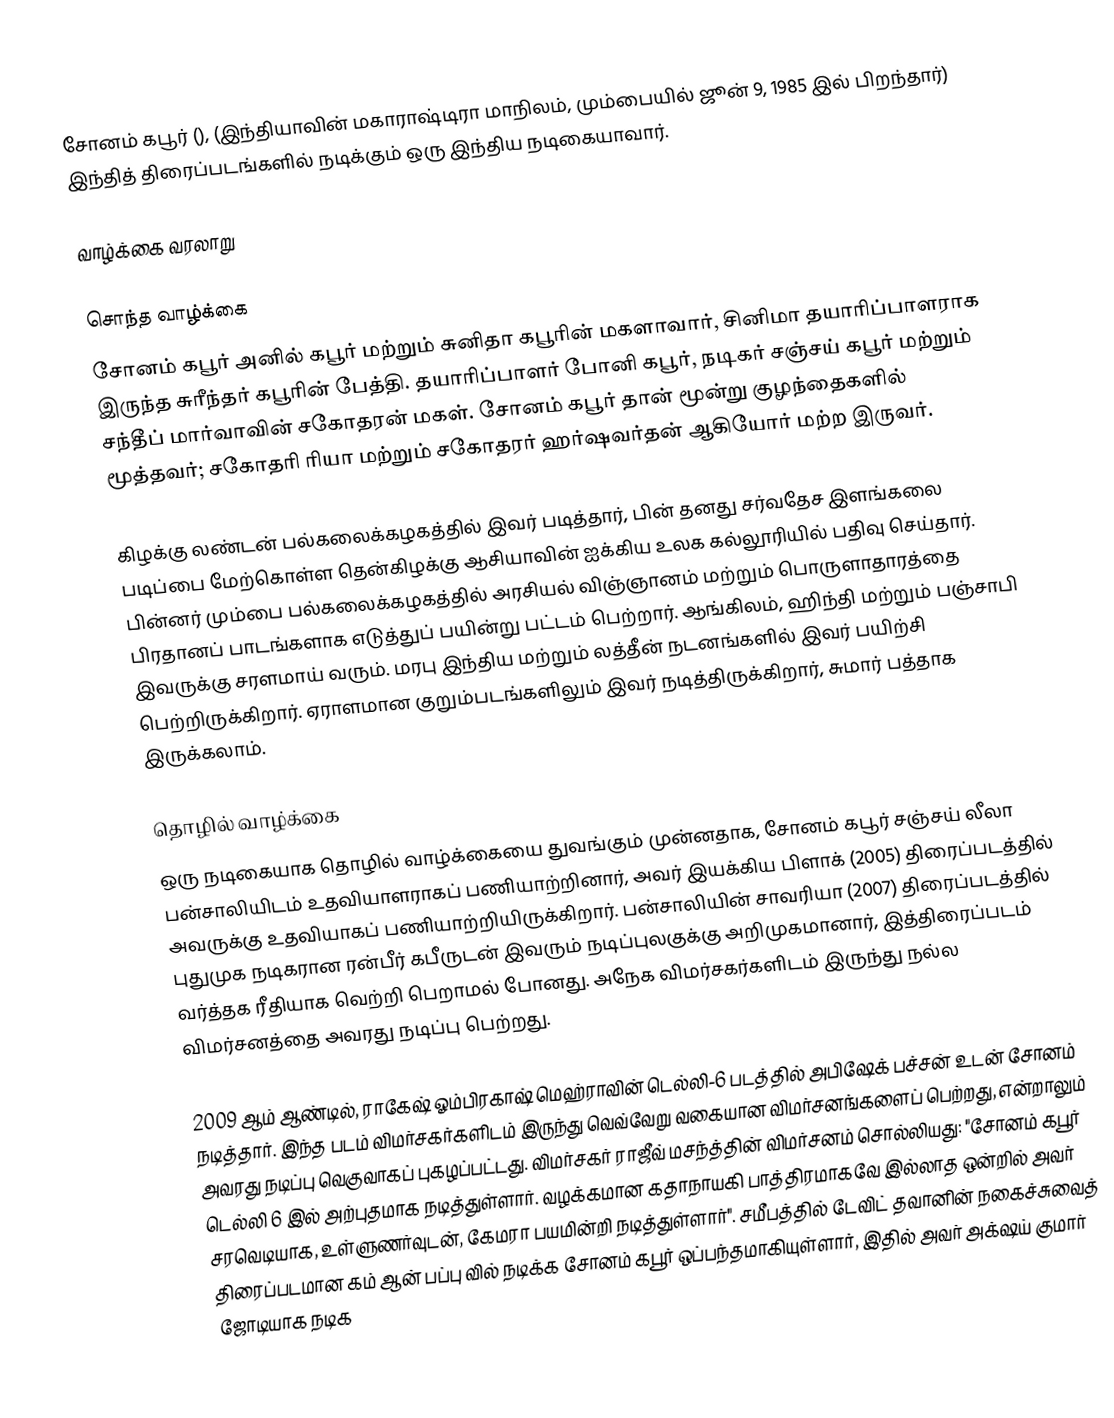
சோனம் கபூர் (), (இந்தியாவின் மகாராஷ்டிரா மாநிலம், மும்பையில் ஜூன் 9, 1985 இல் பிறந்தார்) இந்தித் திரைப்படங்களில் நடிக்கும் ஒரு இந்திய நடிகையாவார்.

வாழ்க்கை வரலாறு

சொந்த வாழ்க்கை
சோனம் கபூர் அனில் கபூர் மற்றும் சுனிதா கபூரின் மகளாவார், சினிமா தயாரிப்பாளராக இருந்த சுரீந்தர் கபூரின் பேத்தி. தயாரிப்பாளர் போனி கபூர், நடிகர் சஞ்சய் கபூர் மற்றும் சந்தீப் மார்வாவின் சகோதரன் மகள். சோனம் கபூர் தான் மூன்று குழந்தைகளில் மூத்தவர்; சகோதரி ரியா மற்றும் சகோதரர் ஹர்ஷவர்தன் ஆகியோர் மற்ற இருவர்.

கிழக்கு லண்டன் பல்கலைக்கழகத்தில் இவர் படித்தார், பின் தனது சர்வதேச இளங்கலை படிப்பை மேற்கொள்ள தென்கிழக்கு ஆசியாவின் ஐக்கிய உலக கல்லூரியில் பதிவு செய்தார். பின்னர் மும்பை பல்கலைக்கழகத்தில் அரசியல் விஞ்ஞானம் மற்றும் பொருளாதாரத்தை பிரதானப் பாடங்களாக எடுத்துப் பயின்று பட்டம் பெற்றார். ஆங்கிலம், ஹிந்தி மற்றும் பஞ்சாபி இவருக்கு சரளமாய் வரும். மரபு இந்திய மற்றும் லத்தீன் நடனங்களில் இவர் பயிற்சி பெற்றிருக்கிறார். ஏராளமான குறும்படங்களிலும் இவர் நடித்திருக்கிறார், சுமார் பத்தாக இருக்கலாம்.

தொழில் வாழ்க்கை
ஒரு நடிகையாக தொழில் வாழ்க்கையை துவங்கும் முன்னதாக, சோனம் கபூர் சஞ்சய் லீலா பன்சாலியிடம் உதவியாளராகப் பணியாற்றினார், அவர் இயக்கிய பிளாக் (2005) திரைப்படத்தில் அவருக்கு உதவியாகப் பணியாற்றியிருக்கிறார். பன்சாலியின் சாவரியா (2007) திரைப்படத்தில் புதுமுக நடிகரான ரன்பீர் கபீருடன் இவரும் நடிப்புலகுக்கு அறிமுகமானார், இத்திரைப்படம் வர்த்தக ரீதியாக வெற்றி பெறாமல் போனது. அநேக விமர்சகர்களிடம் இருந்து நல்ல விமர்சனத்தை அவரது நடிப்பு பெற்றது.

2009 ஆம் ஆண்டில், ராகேஷ் ஓம்பிரகாஷ் மெஹ்ராவின் டெல்லி-6 படத்தில் அபிஷேக் பச்சன் உடன் சோனம் நடித்தார். இந்த படம் விமர்சகர்களிடம் இருந்து வெவ்வேறு வகையான விமர்சனங்களைப் பெற்றது, என்றாலும் அவரது நடிப்பு வெகுவாகப் புகழப்பட்டது. விமர்சகர் ராஜீவ் மசந்த்தின் விமர்சனம் சொல்லியது: "சோனம் கபூர் டெல்லி 6 இல் அற்புதமாக நடித்துள்ளார். வழக்கமான கதாநாயகி பாத்திரமாகவே இல்லாத ஒன்றில் அவர் சரவெடியாக, உள்ளுணர்வுடன், கேமரா பயமின்றி நடித்துள்ளார்". சமீபத்தில் டேவிட் தவானின் நகைச்சுவைத் திரைப்படமான கம் ஆன் பப்பு வில் நடிக்க சோனம் கபூர் ஒப்பந்தமாகியுள்ளார், இதில் அவர் அக்‌ஷய் குமார் ஜோடியாக நடிக